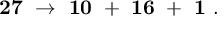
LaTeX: { \bf 2 7 } \ \to \ { \bf 1 0 } \ + \ { \bf 1 6 } \ + \ { \bf 1 } \ .